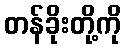
တန်ခိုးတို့ကို